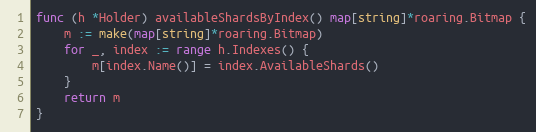
Language: Go
func (h *Holder) availableShardsByIndex() map[string]*roaring.Bitmap {
	m := make(map[string]*roaring.Bitmap)
	for _, index := range h.Indexes() {
		m[index.Name()] = index.AvailableShards()
	}
	return m
}